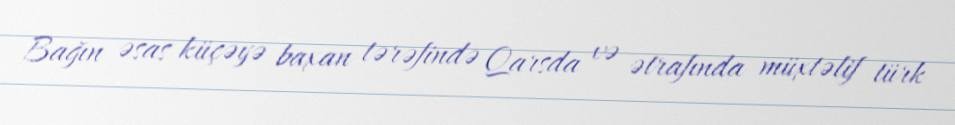
Bağın əsas küçəyə baxan tərəfində Qarsda və ətrafında müxtəlif türk